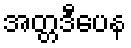
အတ္တဒီပေန